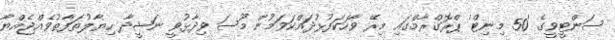
ސަންޓީވީގެ '50 މިނިޓް' ޕްރޮގްރާމްގައި މިރޭ ވާހަކަފުޅުދައްކަވަމުން މޫސަ ވިދާޅުވީ ނަޝީދާ ހިޔާލުތަފާތުވެއްޖެއްޔާ